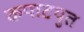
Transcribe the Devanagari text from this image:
कपाटयुत